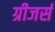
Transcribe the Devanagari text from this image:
ग्रीजर्स